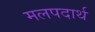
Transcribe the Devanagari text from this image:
मलपदार्थ